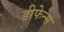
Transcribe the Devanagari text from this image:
डीफेन्स